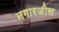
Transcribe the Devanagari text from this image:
नगारजीस